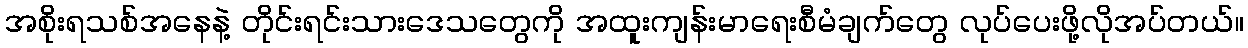
အစိုးရသစ်အနေနဲ့ တိုင်းရင်းသားဒေသတွေကို အထူးကျန်းမာရေးစီမံချက်တွေ လုပ်ပေးဖို့လိုအပ်တယ်။